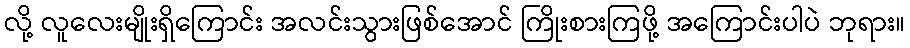
လို့ လူလေးမျိုးရှိကြောင်း အလင်းသွားဖြစ်အောင် ကြိုးစားကြဖို့ အကြောင်းပါပဲ ဘုရား။